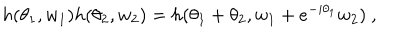
h ( \theta _ { 1 } , w _ { 1 } ) h ( \theta _ { 2 } , w _ { 2 } ) = h ( \theta _ { 1 } + \theta _ { 2 } , w _ { 1 } + e ^ { - i \theta _ { 1 } } w _ { 2 } ) ~ ,